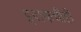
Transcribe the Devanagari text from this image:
इराकचीही